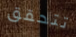
تتحقق